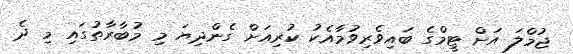
ޖުމްލަ އަށް ޓީމްގެ ބައިވެރިވުމާއެކު ކުރިއަށް ގެންދިޔަ މި މުބާރާތުގައި މި ދެ